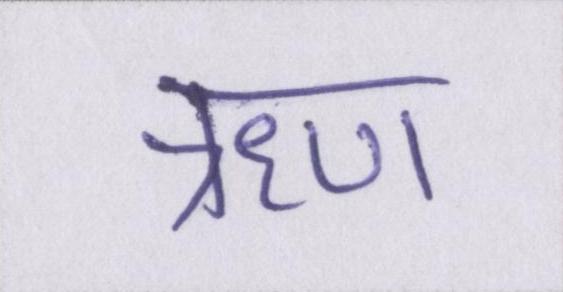
ॠण